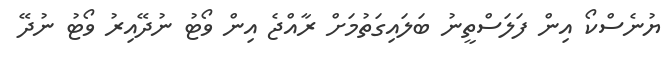
ޔުނެސްކޯ އިން ފަލަސްތީނު ބަލައިގަތުމަށް ރާއްޖެ އިން ވޯޓު ނުދޭއިރު ވޯޓު ނުދޭ